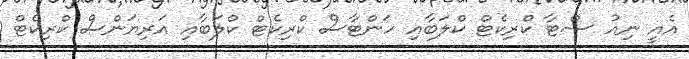
އެއީ ނިއު ސްޓާ ކްރިކެޓް ކްލަބާއި ހަންޓާސް ކްރިކެޓް ކްލަބާއި އަރިޔަންސް ކްރިކެޓް